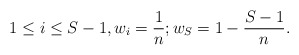
\begin{align*}1\leq i \leq S-1, w_i = \frac{1}{n}; w_S = 1- \frac{S-1}{n}. \end{align*}